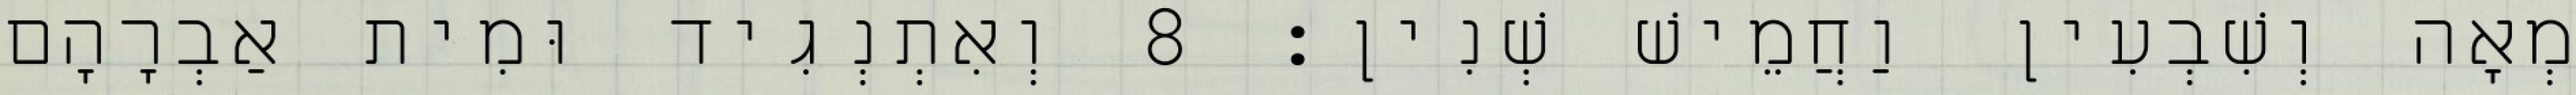
מְאָה וְשִׁבְעִין וַחֲמֵישׁ שְׁנִין׃ 8 וְאִתְנְגִיד וּמִית אַבְרָהָם